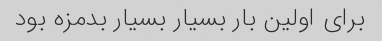
براى اولین بار بسیار بسیار بدمزه بود